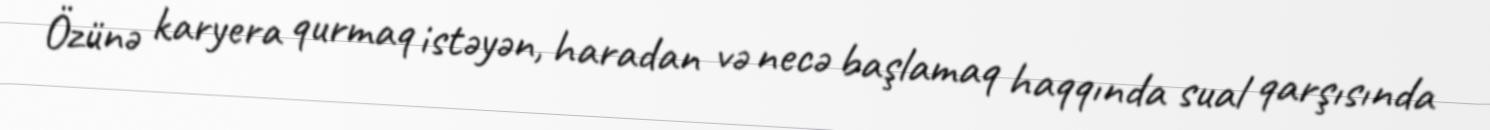
Özünə karyera qurmaq istəyən, haradan və necə başlamaq haqqında sual qarşısında